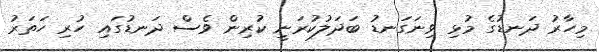
މިހާރު ދަނޑުގެ މުޅި ވިނަގަނޑު ބަދަލުކުރަނީ ކުރިން ވެސް ދަނޑުގައި ހުރި ހަތަރު